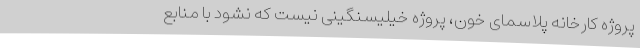
پروژه کارخانه پلاسمای خون، پروژه خیلیسنگینی نیست که نشود با منابع